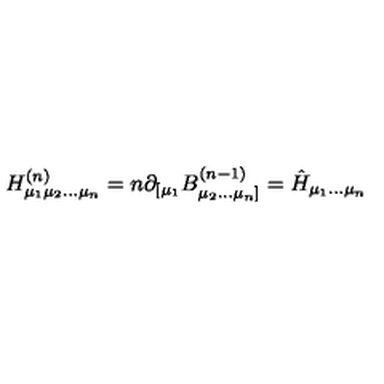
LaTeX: H _ { \mu _ { 1 } \mu _ { 2 } \ldots \mu _ { n } } ^ { ( n ) } = n \partial _ { [ \mu _ { 1 } } B _ { \mu _ { 2 } \ldots \mu _ { n } ] } ^ { ( n - 1 ) } = \hat { H } _ { \mu _ { 1 } \ldots \mu _ { n } }